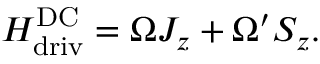
H _ { \mathrm { d r \mathrm { i } v } } ^ { \mathrm { D C } } = \Omega J _ { z } + \Omega ^ { \prime } S _ { z } .